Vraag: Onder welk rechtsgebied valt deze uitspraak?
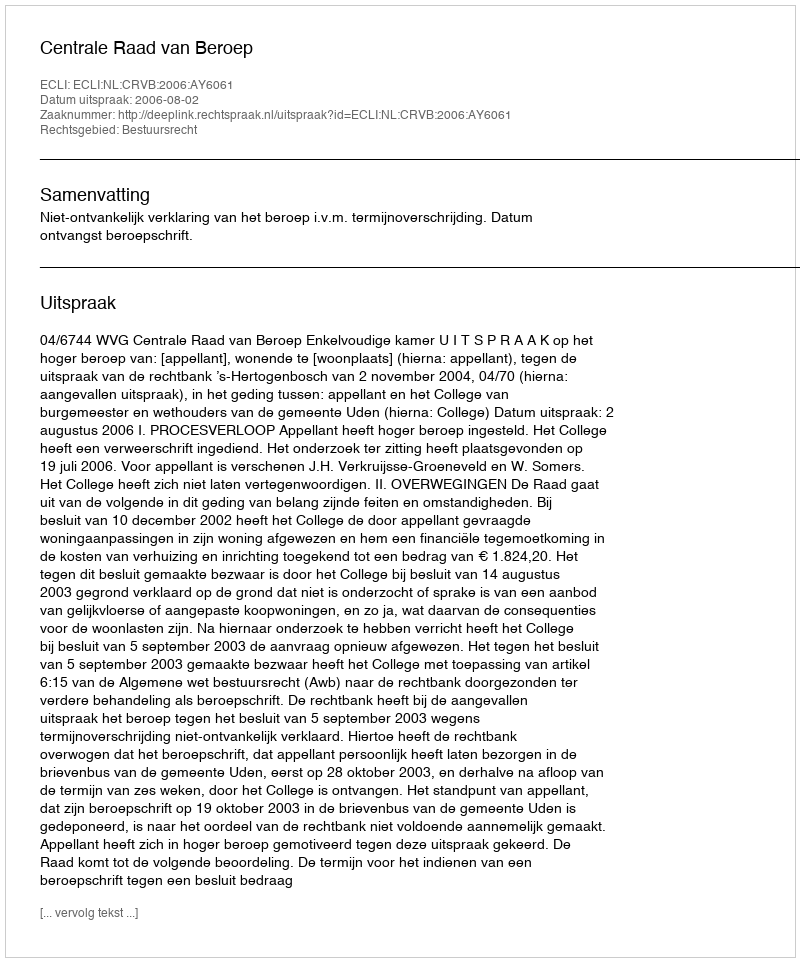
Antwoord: Bestuursrecht